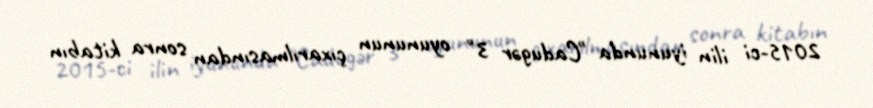
2015-ci ilin iyununda "Cadugər 3" oyununun çıxarılmasından sonra kitabın